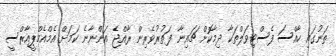
ތަނުގައި ހާއްސަ ފެސްޓިވަލްތަކާ ދިމާކޮށް ޗައިނާ ފަތުރުވެރިން ރާއްޖެ އަންނާނެ ކަމަށް އެމްއެމްޕީއާރްސީ